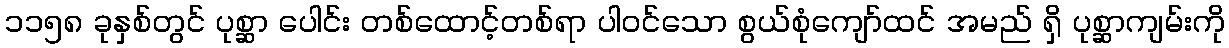
၁၁၅၈ ခုနှစ်တွင် ပုစ္ဆာ ပေါင်း တစ်ထောင့်တစ်ရာ ပါဝင်သော စွယ်စုံကျော်ထင် အမည် ရှိ ပုစ္ဆာကျမ်းကို